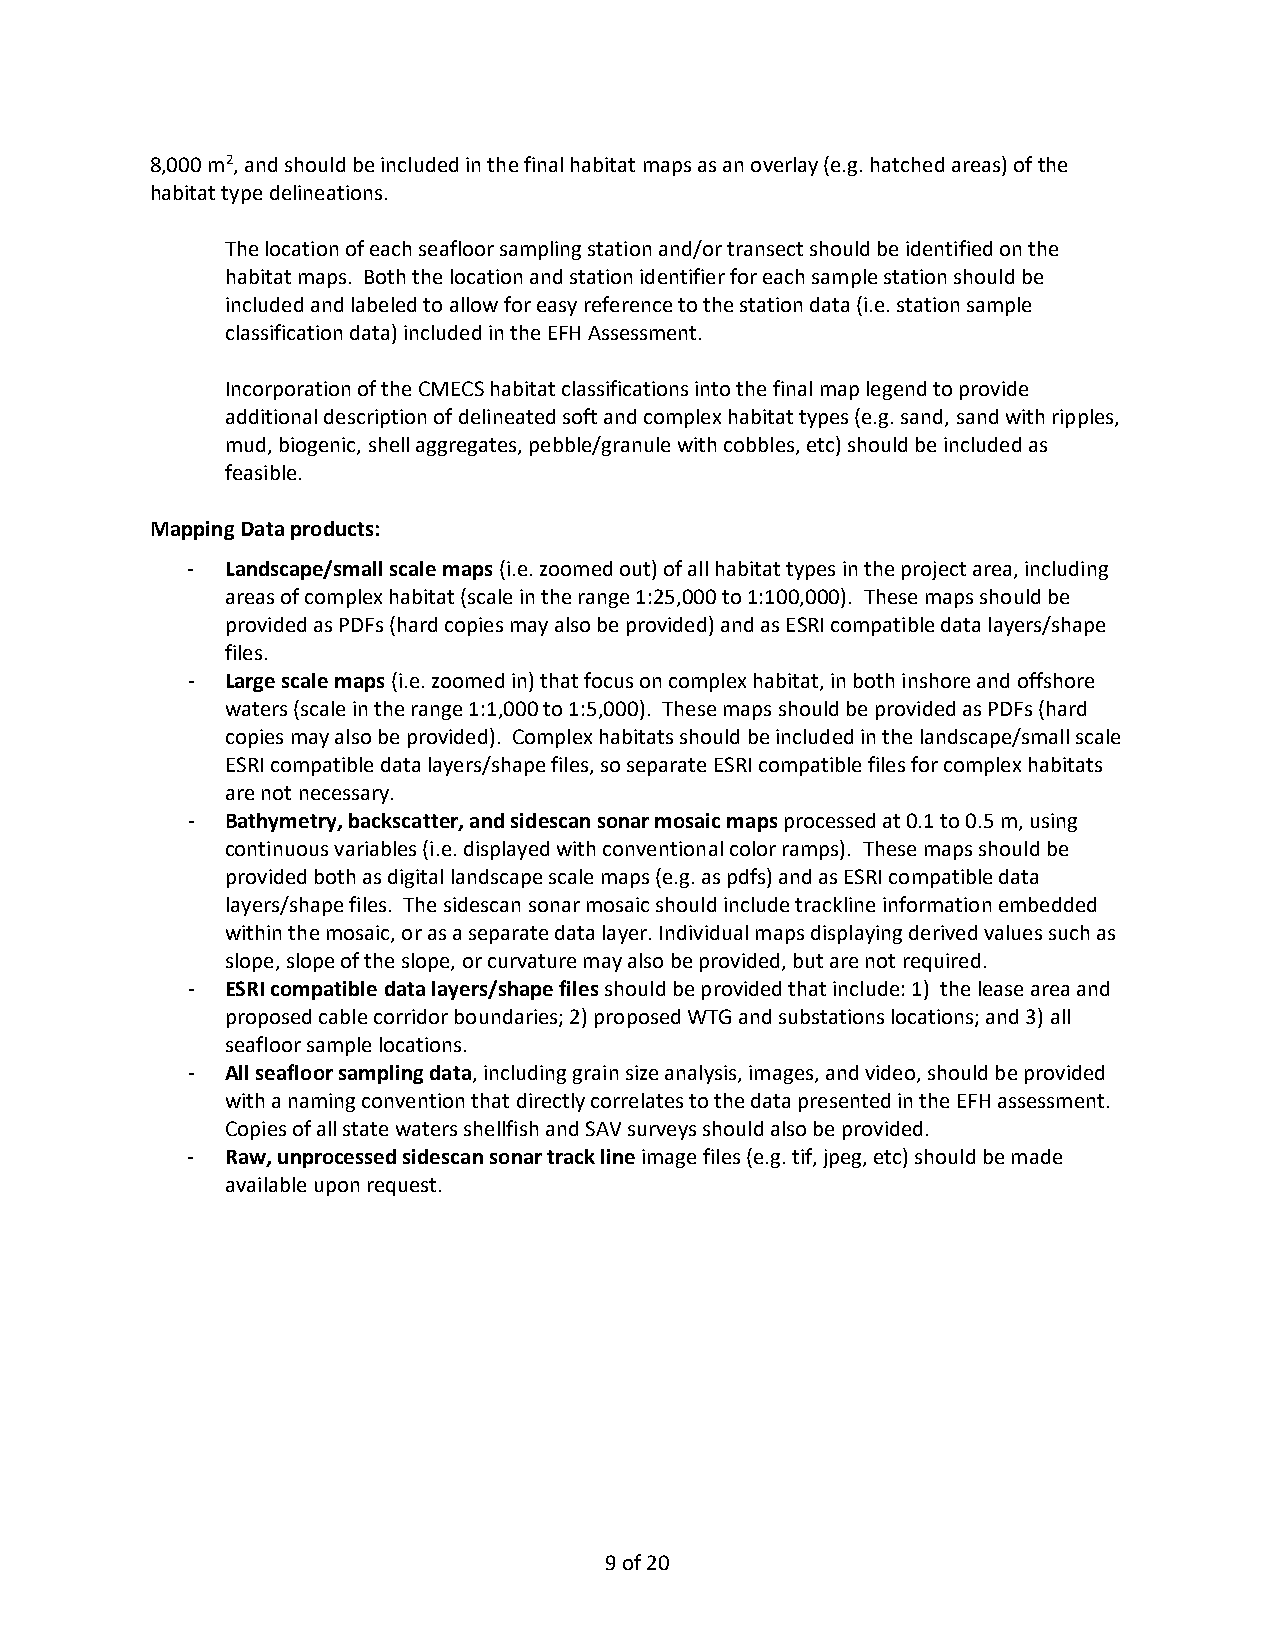
8,000 m2, and should be included in the final habitat maps as an overlay (e.g. hatched areas) of the
 habitat type delineations.
 The location of each seafloor sampling station and/or transect should be identified on the
 habitat maps. Both the location and station identifier for each sample station should be
 included and labeled to allow for easy reference to the station data (i.e. station sample
 classification data) included in the EFH Assessment.
 Incorporation of the CMECS habitat classifications into the final map legend to provide
 additional description of delineated soft and complex habitat types (e.g. sand, sand with ripples,
 mud, biogenic, shell aggregates, pebble/granule with cobbles, etc) should be included as
 feasible.
 Mapping Data products:
 -  Landscape/small scale maps (i.e. zoomed out) of all habitat types in the project area, including
 areas of complex habitat (scale in the range 1:25,000 to 1:100,000). These maps should be
 provided as PDFs (hard copies may also be provided) and as ESRI compatible data layers/shape
 files.
 -  Large scale maps (i.e. zoomed in) that focus on complex habitat, in both inshore and offshore
 waters (scale in the range 1:1,000 to 1:5,000). These maps should be provided as PDFs (hard
 copies may also be provided). Complex habitats should be included in the landscape/small scale
 ESRI compatible data layers/shape files, so separate ESRI compatible files for complex habitats
 are not necessary.
 -  Bathymetry, backscatter, and sidescan sonar mosaic maps processed at 0.1 to 0.5 m, using
 continuous variables (i.e. displayed with conventional color ramps). These maps should be
 provided both as digital landscape scale maps (e.g. as pdfs) and as ESRI compatible data
 layers/shape files. The sidescan sonar mosaic should include trackline information embedded
 within the mosaic, or as a separate data layer. Individual maps displaying derived values such as
 slope, slope of the slope, or curvature may also be provided, but are not required.
 -  ESRI compatible data layers/shape files should be provided that include: 1) the lease area and
 proposed cable corridor boundaries; 2) proposed WTG and substations locations; and 3) all
 seafloor sample locations.
 -  All seafloor sampling data, including grain size analysis, images, and video, should be provided
 with a naming convention that directly correlates to the data presented in the EFH assessment.
 Copies of all state waters shellfish and SAV surveys should also be provided.
 -  Raw, unprocessed sidescan sonar track line image files (e.g. tif, jpeg, etc) should be made
 available upon request.
 9 of 20